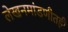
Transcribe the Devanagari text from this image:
लेखनमांडणीतही